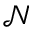
\mathcal { N }